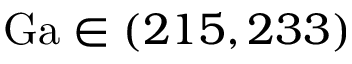
\mathrm { G a } \in ( 2 1 5 , 2 3 3 )